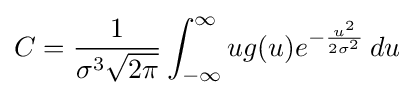
C={\frac {1}{\sigma ^{3}{\sqrt {2\pi }}}}\int _{-\infty }^{\infty }ug(u)e^{-{\frac {u^{2}}{2\sigma ^{2}}}}\,du